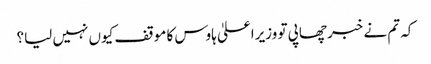
کہ تم نے خبر چھاپی تو وزیراعلیٰ ہاوس کا موقف کیوں نہیں لیا؟